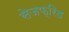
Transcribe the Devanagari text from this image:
सेजफ्रिड